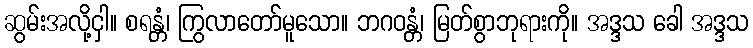
ဆွမ်းအလို့ငှါ။ စရန္တံ၊ ကြွလာတော်မူသော။ ဘဂဝန္တံ၊ မြတ်စွာဘုရားကို။ အဒ္ဒသ ခေါ အဒ္ဒသ